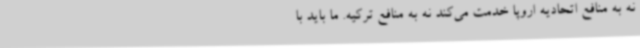
نه به منافع اتحادیه اروپا خدمت می‌کند نه به منافع ترکیه. ما باید با